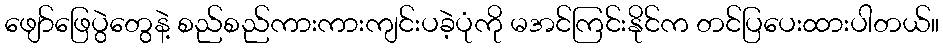
ဖျော်ဖြေပွဲတွေနဲ့ စည်စည်ကားကားကျင်းပခဲ့ပုံကို မအင်ကြင်းနိုင်က တင်ပြပေးထားပါတယ်။